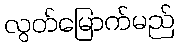
လွတ်မြောက်မည်